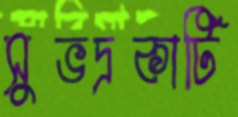
সুভদ্রকাটি